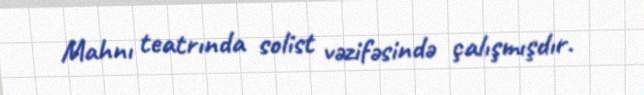
Mahnı teatrında solist vəzifəsində çalışmışdır.